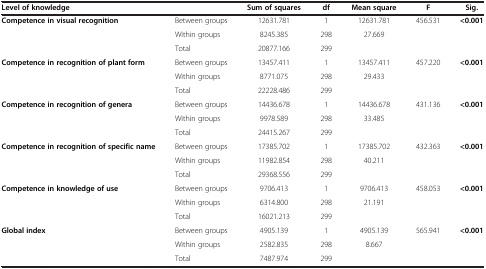
| Level of knowledge |  | Sum of squares | df | Mean square | F | Sig. |
 | --- | --- | --- | --- | --- | --- | --- |
 | <ROWSPAN=3> Competence in visual recognition | Between groups | 12631.781 | 1 | 12631.781 | 456.531 | <0.001 |
 | Within groups | 8245.385 | 298 | 27.669 |  |  |
 | Total | 20877.166 | 299 |  |  |  |
 | <ROWSPAN=3> Competence in recognition of plant form | Between groups | 13457.411 | 1 | 13457.411 | 457.220 | <0.001 |
 | Within groups | 8771.075 | 298 | 29.433 |  |  |
 | Total | 22228.486 | 299 |  |  |  |
 | <ROWSPAN=3> Competence in recognition of genera | Between groups | 14436.678 | 1 | 14436.678 | 431.136 | <0.001 |
 | Within groups | 9978.589 | 298 | 33.485 |  |  |
 | Total | 24415.267 | 299 |  |  |  |
 | <ROWSPAN=3> Competence in recognition of specific name | Between groups | 17385.702 | 1 | 17385.702 | 432.363 | <0.001 |
 | Within groups | 11982.854 | 298 | 40.211 |  |  |
 | Total | 29368.556 | 299 |  |  |  |
 | <ROWSPAN=3> Competence in knowledge of use | Between groups | 9706.413 | 1 | 9706.413 | 458.053 | <0.001 |
 | Within groups | 6314.800 | 298 | 21.191 |  |  |
 | Total | 16021.213 | 299 |  |  |  |
 | Global index | Between groups | 4905.139 | 1 | 4905.139 | 565.941 | <0.001 |
 |  | Within groups | 2582.835 | 298 | 8.667 |  |  |
 |  | Total | 7487.974 | 299 |  |  |  |